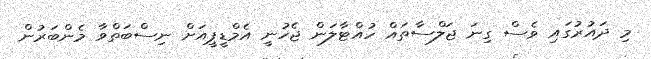
މި ދައުރުގައި ވެސް ގިނަ ޖަލްސާތައް ހުއްޓާލަން ޖެހުނީ އެމްޑީޕީއަށް ނިސްބަތްވާ މެންބަރުން